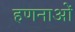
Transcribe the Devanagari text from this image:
हणनाओं